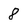
Character: 8